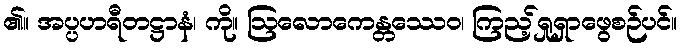
၏။ အပ္ပဟရီတဋ္ဌာနံ၊ ကို။ ဩလောကေန္တဿေဝ၊ ကြည့်ရှုရှာဖွေစဉ်ပင်။